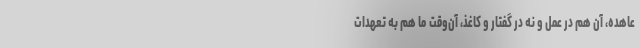
عاهده، آن هم در عمل و نه در گفتار و کاغذ، آن‌وقت ما هم به تعهدات